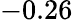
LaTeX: -0.26